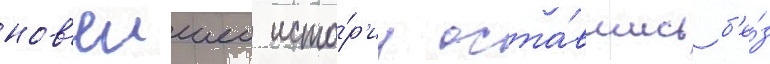
нов'еишеи исто́р'ии оста́вшись б'е́з